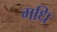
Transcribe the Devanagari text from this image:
मधि